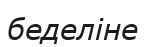
беделіне